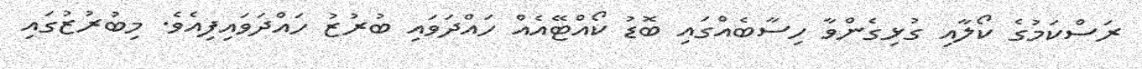
ރަސްކަމުގެ ކޯލާއި ގުޅިގެންވާ ހިސާބެއްގައި ބޮޑު ކޯއްޓޭއެއް ހައްދަވައި ބުރުޒު ހައްދަވައިފިއެވެ. މިބުރުޒުގައި